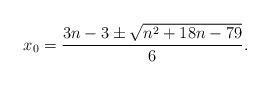
LaTeX: \begin{align*}x_0 = \frac{3n - 3 \pm \sqrt{n^2 + 18n - 79}}{6}.\end{align*}